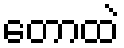
တောထဲ